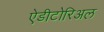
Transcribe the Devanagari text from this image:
ऐडीटोरिअल